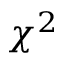
\chi ^ { 2 }